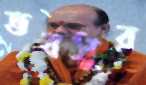
ভবসুর